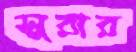
সুরার